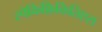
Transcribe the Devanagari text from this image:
स्पेकिफ़िकितिएस